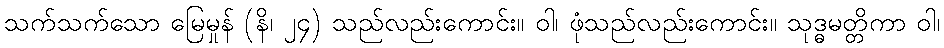
သက်သက်သော မြေမှုန် (နိ၊ ၂၄) သည်လည်းကောင်း။ ဝါ၊ ဖုံသည်လည်းကောင်း။ သုဒ္ဓမတ္တိကာ ဝါ၊